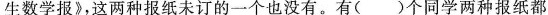
生数学报》，这两种报纸未订的一个也没有。有()个同学两种报纸都